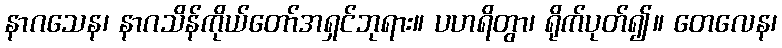
နာဂသေန၊ နာဂသိန်ကိုယ်တော်အရှင်ဘုရား။ ပဟရိတွာ၊ ရိုက်ပုတ်၍။ တေလေန၊